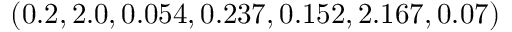
( 0 . 2 , 2 . 0 , 0 . 0 5 4 , 0 . 2 3 7 , 0 . 1 5 2 , 2 . 1 6 7 , 0 . 0 7 )